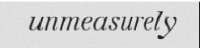
unmeasurely